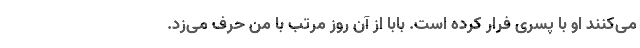
می‌کنند او با پسری فرار کرده است. بابا از آن روز مرتب با من حرف می‌زد.